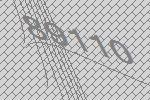
89110